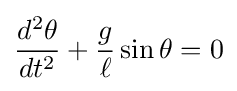
{d^{2}\theta  \over dt^{2}}+{g \over \ell }\sin \theta =0